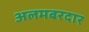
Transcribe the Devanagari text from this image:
अलमबरदार